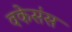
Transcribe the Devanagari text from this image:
वकेसंस